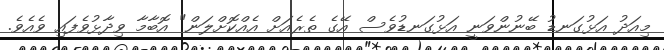
މިއަދު އަޅުގަނޑު ބޭނުންވަނީ އަޅުގަނޑުވެސް އޭގެ ތެރެއަށް އެއްކޮށްލަން" އޮބާމާ ވިދާޅުވެފައި ވެއެވެ.